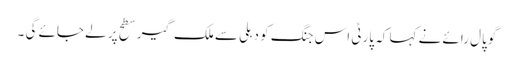
گوپال رائے نے کہا کہ پارٹی اس جنگ کو دہلی سے ملک گیر سطح پر لے جائے گی ۔